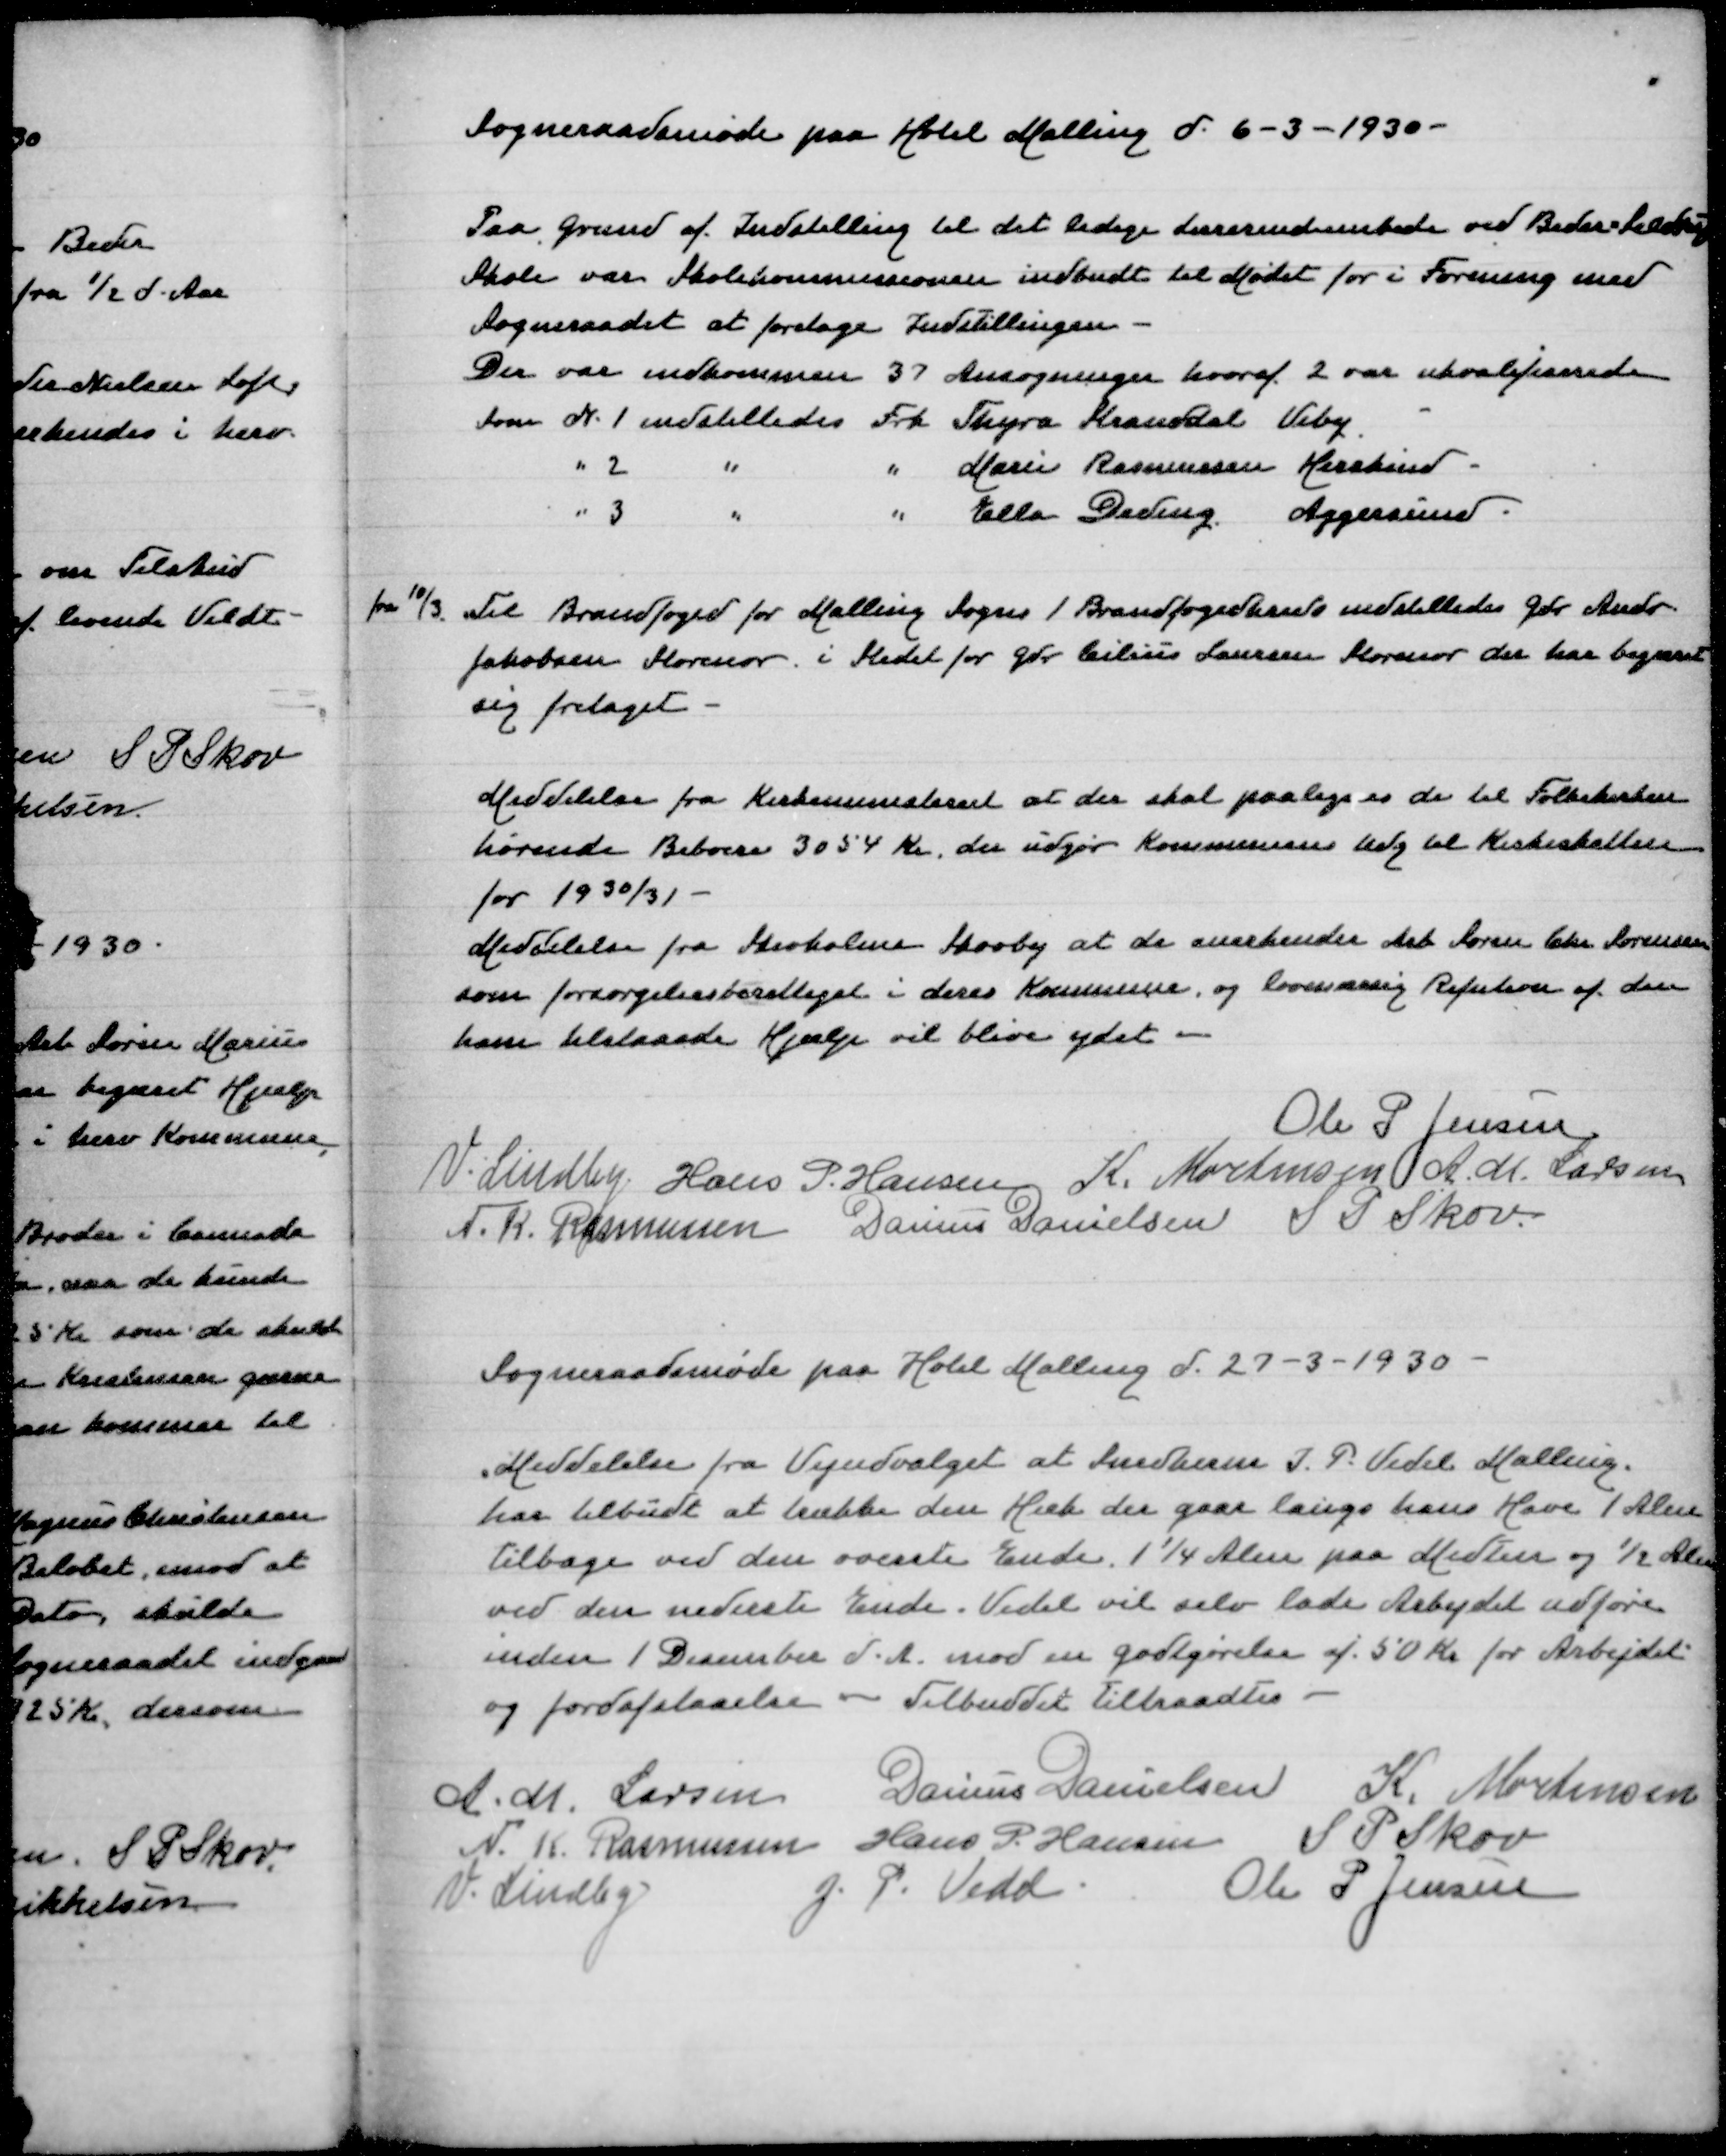
Transskription:
Sogneraadsmøde paa Hotel Malling d 6-3-1930

Paa Grund af Indstilling til det ledige Lærerindeembede ved Beder-Seldrup
Skole var Skolekommissionen indbudt til Mødet for i Forening med
Sogneraadet at foretage Indstillingen
Der var indkommen 37 Ansøgninger hvoraf 2 var ukvalificerede
Som N 1 indstilledes Frk Thyra Stranddal Viby
" 2 " " Marie Rasmussen Hersking
" 3 " " Ella Deding Aggersund

fra 10/3 Til Brandfoged for Malling Sogns 1 Brandfogedkreds indstilledes Gdr Andr
Jakobsen Storenor i Stedet for Gdr Cilius Laursen Storenor der har begæret
sig fritaget

Meddelelse fra Kirkeministeriet at der skal paalægges de til Folkekirken
hørende Beboere 3054 Kr der udgør Kommunens Udg til Kirkeskatten
for 1930/31
Meddelelse fra Skivholme Skovby at de anerkender Arb Søren Chr Sørensen
som forsørgelsesberettiget i deres Kommune og lovmæssig Refution af den
ham tilstaaede Hjælp vil blive ydet

Ole P Jensen
V Lindby
Hans P Hansen
K Mortensen
A M Larsen
N K Rasmussen
Danius Danielsen
S P Skov

Sogneraadsmøde paa Hotel Malling d 27-3-1930

Meddelelse fra Vejudvalget at Snedkerm I P Vedel Malling
har tilbudt at trække den Hæk der gaar langs hans Have 1 Alen
tilbage ved den øverste Ende, 11/4 Alen paa Midten og ½ Alen
ved den nederste Ende. Vedel vil selv lade Arbejdet udføre
inden 1 December d A mod en Godtgørelse af 50 Kr for Arbejdet
og Jordafstaaelse - Tilbuddet tiltraadtes
A M Larsen
Danius Danielsen
K Mortensen
N K Rasmussen
Hans P Hansen
S P Skov
V Lindby
J P Vedel
Ole PJensen